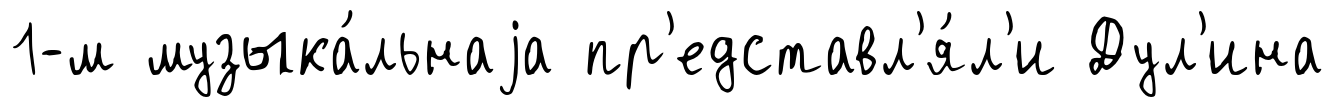
1-м музыка́льнаjа пр'едставл'я́л'и Дул'ина